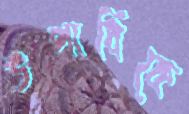
উপাধিকে